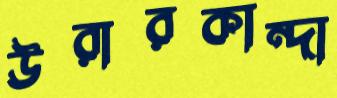
উরারকান্দা